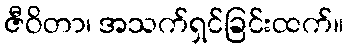
ဇီဝိတာ၊ အသက်ရှင်ခြင်းထက်။